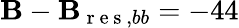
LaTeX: \mathbf{B}-\mathbf{B}_{\mathrm{{~r~e~s~}},bb}=-44